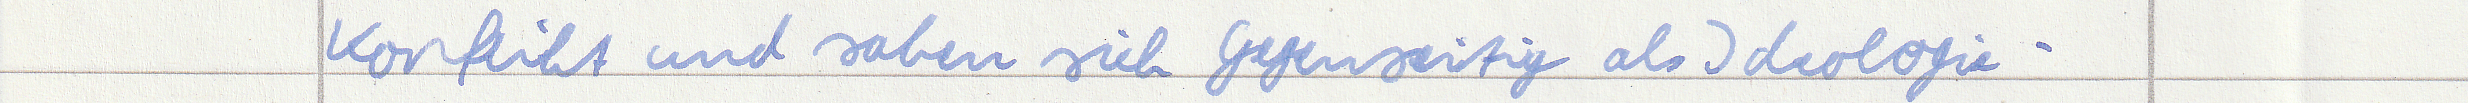
Konflikt und sahen sich Gegenseitig als Ideologie -